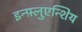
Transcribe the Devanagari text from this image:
इन्फ़्लुएन्शिय